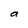
Character: a